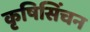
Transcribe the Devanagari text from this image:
कृषिसिंचन